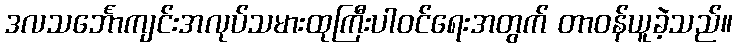
ဒလသင်္ဘောကျင်းအလုပ်သမားထုကြီးပါဝင်ရေးအတွက် တာဝန်ယူခဲ့သည်။